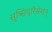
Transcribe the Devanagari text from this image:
सुब्सिदारैसेशन्